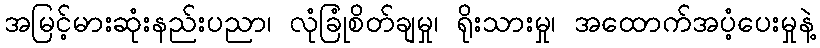
အမြင့်မားဆုံးနည်းပညာ၊ လုံခြုံစိတ်ချမှု၊ ရိုးသားမှု၊ အထောက်အပံ့ပေးမှုနဲ့